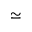
\simeq